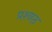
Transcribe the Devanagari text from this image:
प्रश्नठ